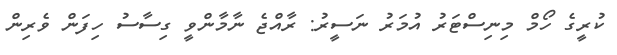
ކުރީގެ ހޯމް މިނިސްޓަރު އުމަރު ނަސީރު: ރާއްޖެ ނާމާންވީ ގިސާސު ހިފަން ވެރިން